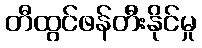
တီထွင်ဖန်တီးနိုင်မှု